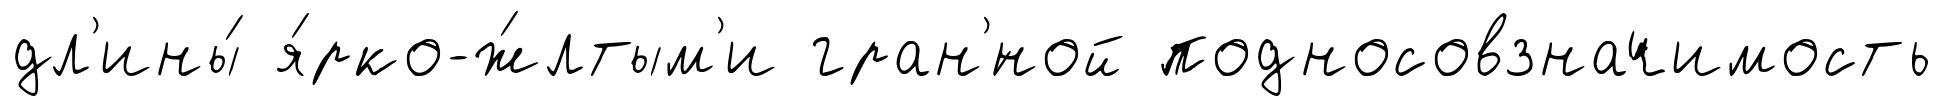
дл'ины́ я́рко-ж́лтым'и гран'́ной подносовзначимость